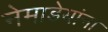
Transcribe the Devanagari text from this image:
नेमाडेयांना